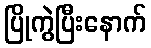
ပြိုကွဲပြီးနောက်